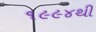
૧૯૯૪થી